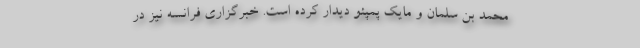
محمد بن سلمان و مایک پمپئو دیدار کرده است. خبرگزاری فرانسه نیز در